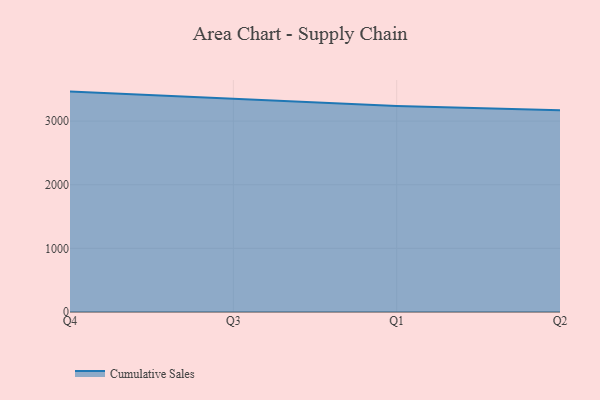
{"axis": {"x": "Quarter", "y": "Satisfaction Score"}, "legend": ["Cumulative Sales"], "data": [{"x": "Q4", "y": 3463.1, "type": "Cumulative Sales"}, {"x": "Q3", "y": 3347.0, "type": "Cumulative Sales"}, {"x": "Q1", "y": 3237.6, "type": "Cumulative Sales"}, {"x": "Q2", "y": 3172.0, "type": "Cumulative Sales"}]}